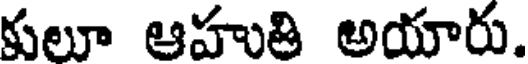
కులూ ఆహుతి అయారు.